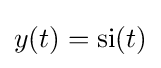
y(t)=\operatorname {si} (t)